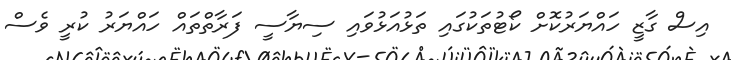
އިސް ގާޒީ ހައްޔަރުކޮށް ކޯޓުތަކުގައި ތަޅުއަޅުވައި ސިޔާސީ ފަރާތްތައް ހައްޔަރު ކުރީ ވެސް